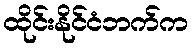
ထိုင်းနိုင်ငံဘက်က